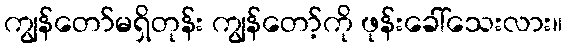
ကျွန်တော်မရှိတုန်း ကျွန်တော့်ကို ဖုန်းခေါ်သေးလား။